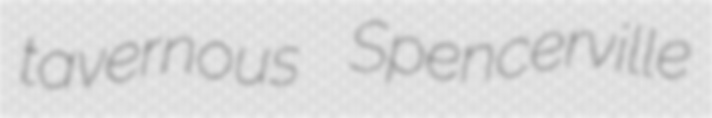
tavernous Spencerville